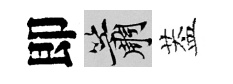
即簫葢